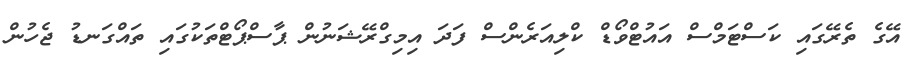
އޭގެ ތެރޭގައި ކަސްޓަމްސް އައުޓްވޯޑް ކްލިއަރެންސް ފަދަ އިމިގްރޭޝަނުން ޕާސްޕޯޓްތަކުގައި ތައްގަނޑު ޖެހުން